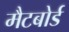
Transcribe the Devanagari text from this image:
मैटबोर्ड